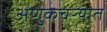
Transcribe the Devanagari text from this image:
अणुकचऱ्यात